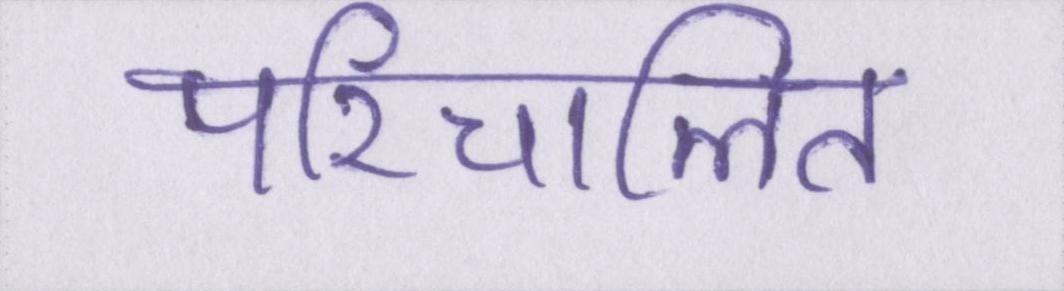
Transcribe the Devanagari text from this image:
परिचालित